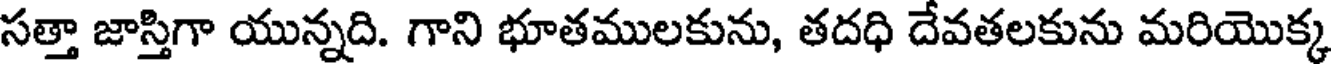
సత్తా జాస్తిగా యున్నది. గాని భూతములకును, తదధి దేవతలకును మరియొక్క